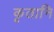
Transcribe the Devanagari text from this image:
कृतानि